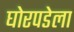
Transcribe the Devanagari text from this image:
घोरपडेला